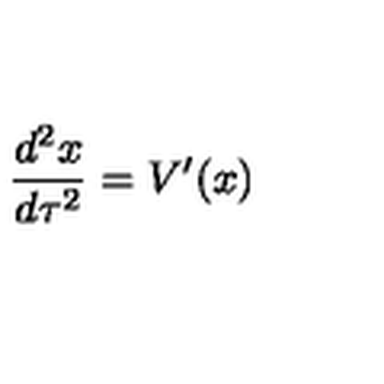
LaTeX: { \frac { d ^ { 2 } x } { d \tau ^ { 2 } } } = V ^ { \prime } ( x )